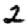
Digit: 2